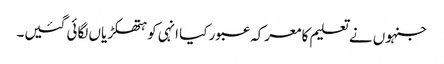
جنہوں نے تعلیم کا معرکہ عبور کیا انہی کو ہتھکڑیاں لگائی گئیں۔